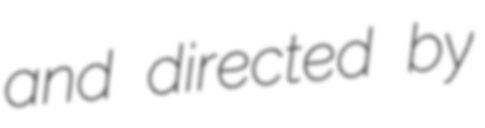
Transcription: and directed by